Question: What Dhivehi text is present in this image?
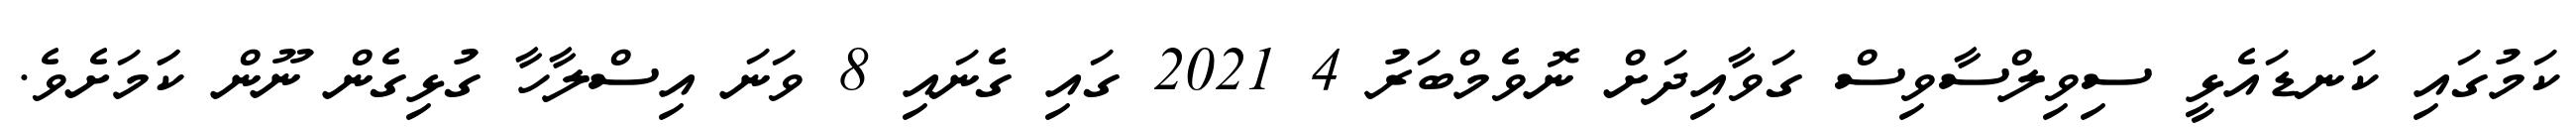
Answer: ކަމުގައި ކަނޑައެޅީ ސިވިލްސާވިސް ގަވާއިދަށް ނޮވެމްބަރު 4 2021 ގައި ގެނައި 8 ވަނަ އިސްލާހާ ގުޅިގެން ނޫން ކަަމަށެވެ.